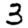
Digit: 3